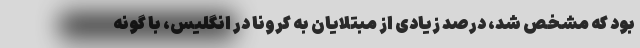
بود که مشخص شد، درصد زیادی از مبتلایان به کرونا در انگلیس، با گونه